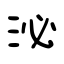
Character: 泌